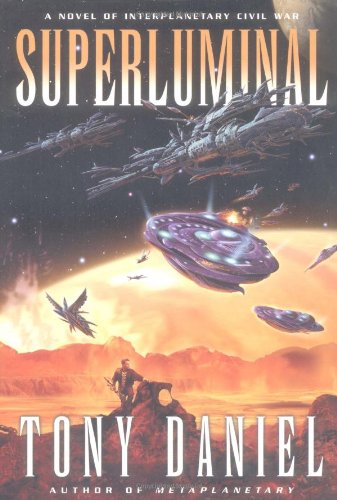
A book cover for Superluminal: A Novel of Interplanetary Civil War; Tony Daniel; Science Fiction & Fantasy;